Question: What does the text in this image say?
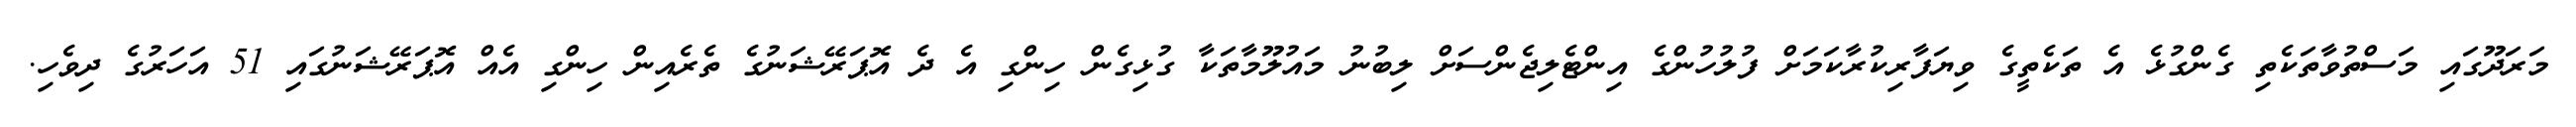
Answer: މަރަދޫގައި މަސްތުވާތަކެތި ގެންގުޅެ އެ ތަކެތީގެ ވިޔަފާރިކުރާކަމަށް ފުލުހުންގެ އިންޓެލިޖެންސަށް ލިބުނު މައުލޫމާތަކާ ގުޅިގެން ހިންގި އެ ދެ އޮޕަރޭޝަނުގެ ތެރެއިން ހިންގި އެއް އޮޕަރޭޝަނުގައި 51 އަހަރުގެ ދިވެހި.